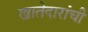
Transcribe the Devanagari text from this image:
खातेदारांची